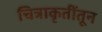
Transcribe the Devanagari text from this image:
चित्राकृतींतून